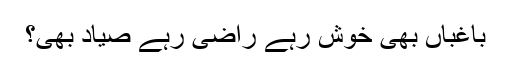
باغباں بھی خوش رہے راضی رہے صیاد بھی؟